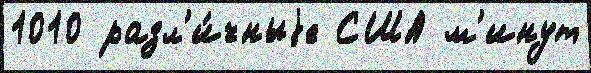
1010 разл'и́чныjе США м'инут